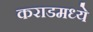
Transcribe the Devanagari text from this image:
कराडमध्ये